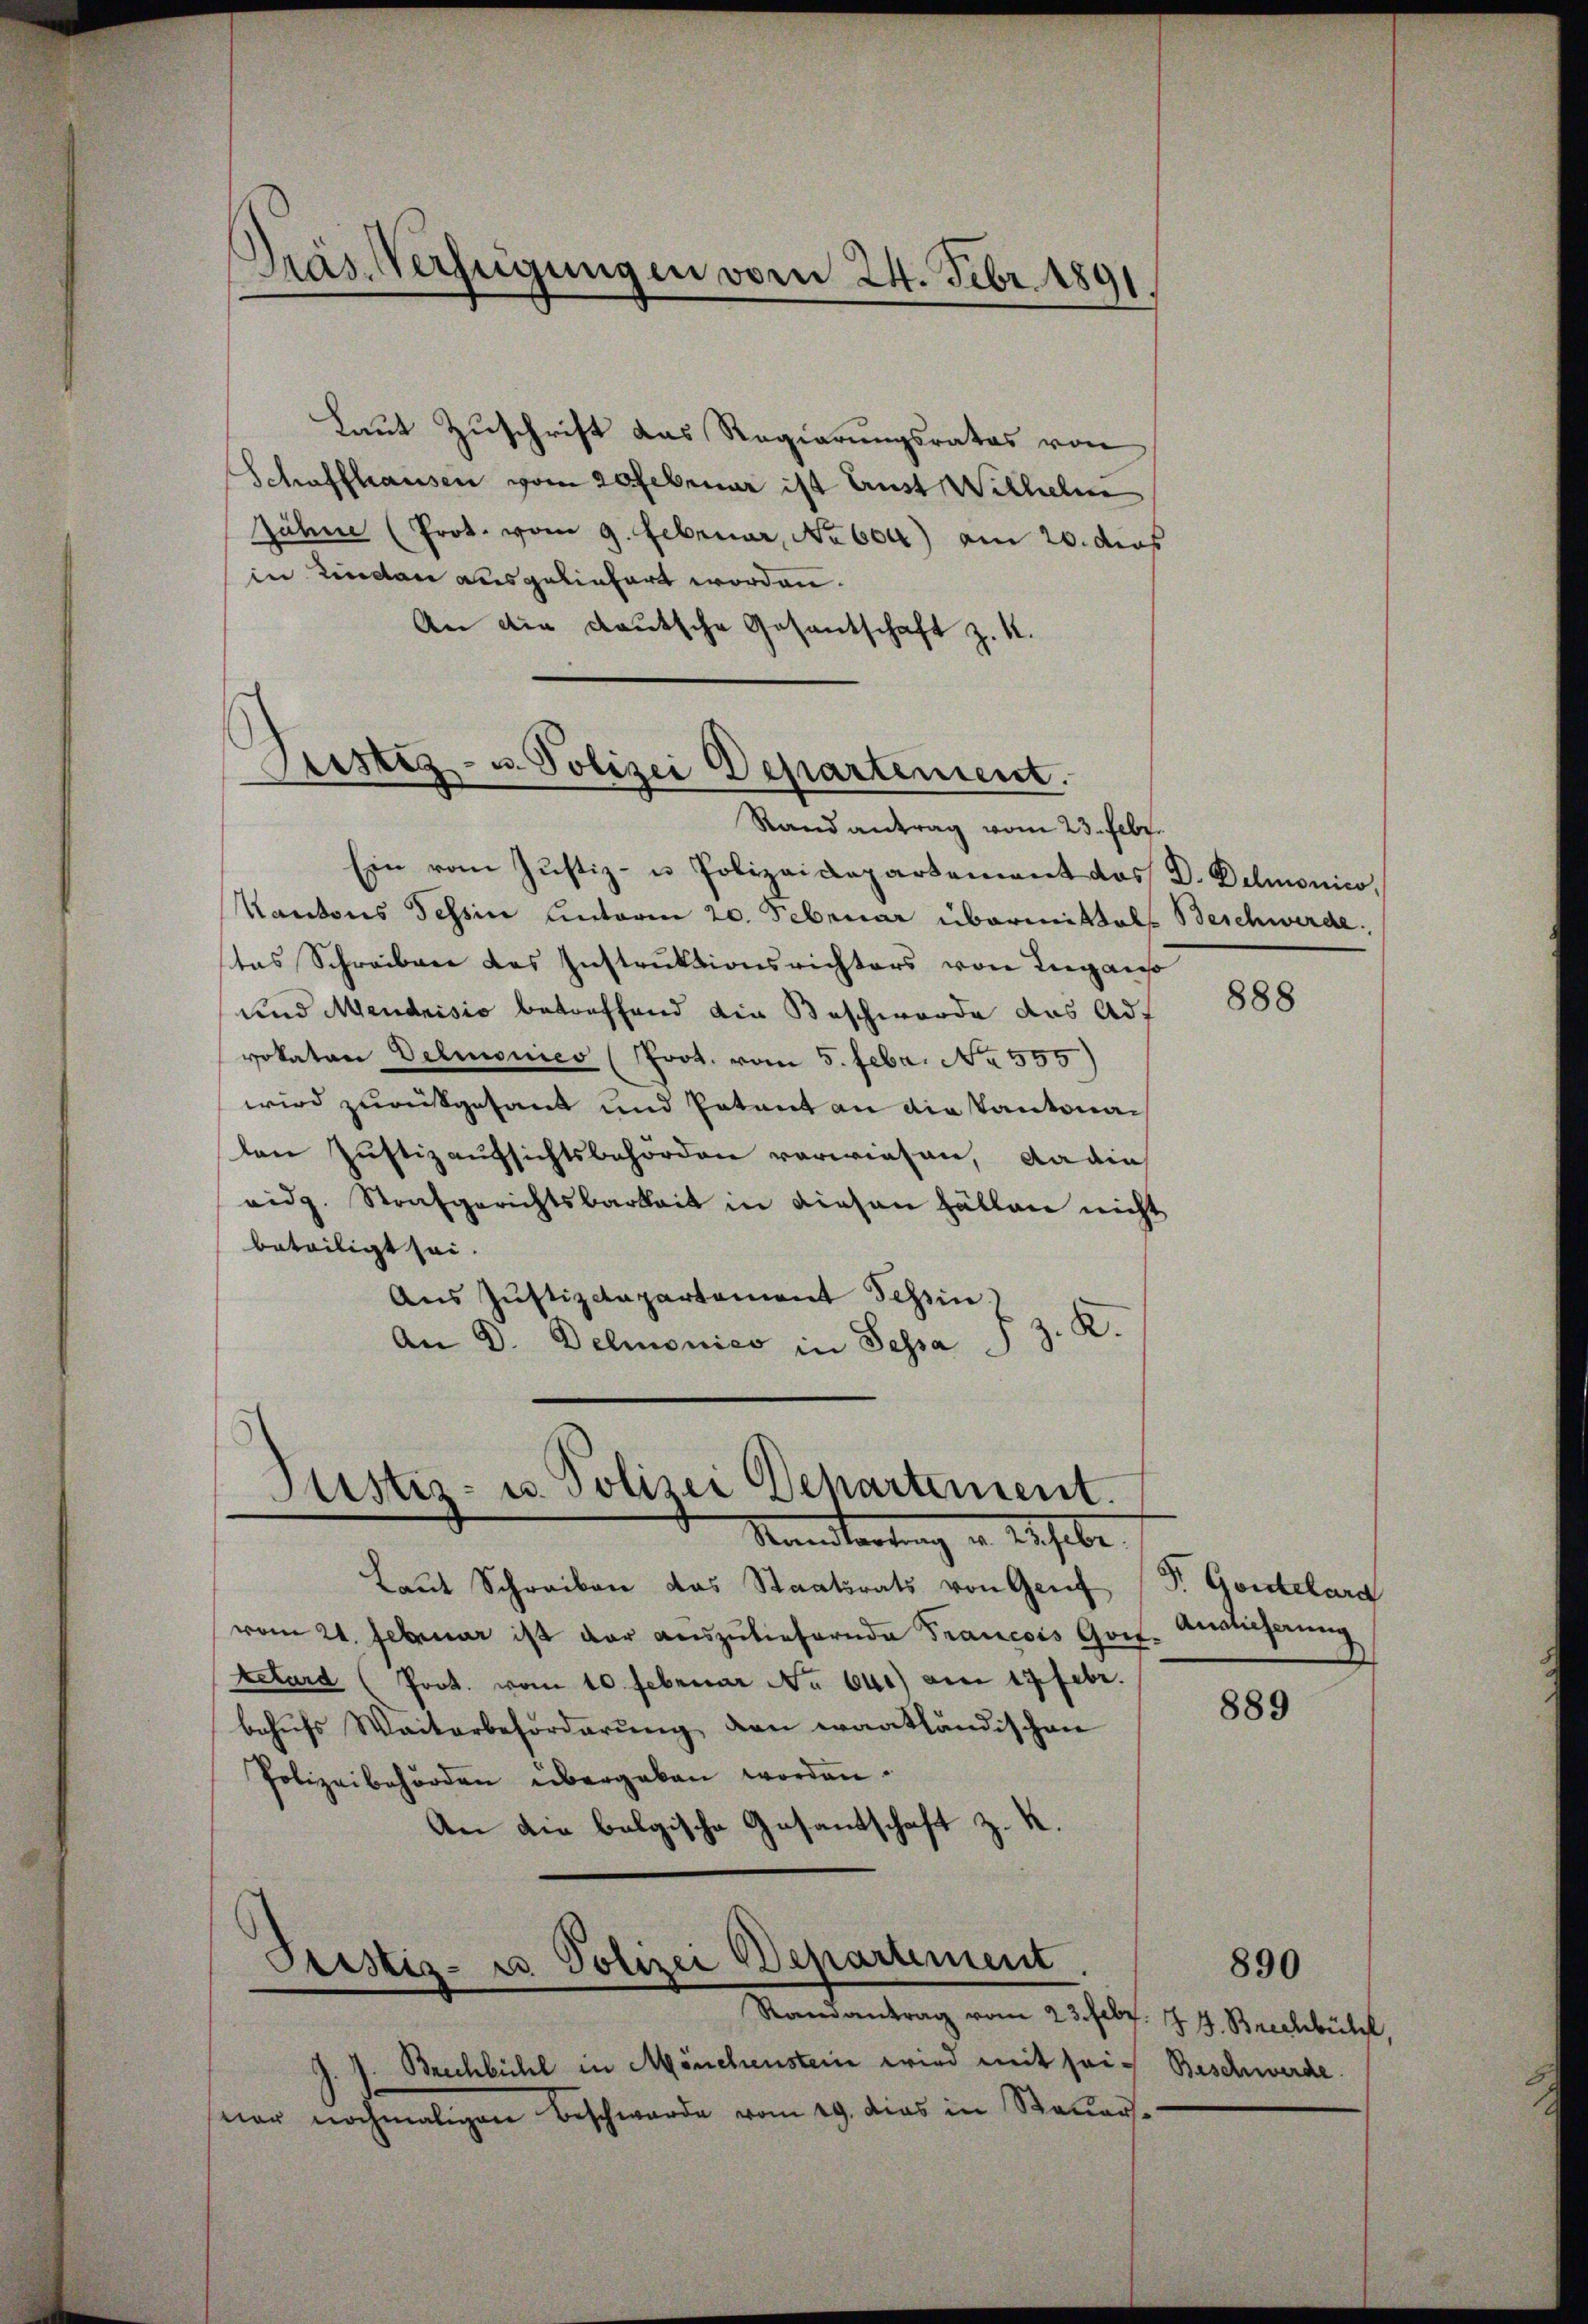
Präs. Verfügungen vom 24. Febr. 1891

Laut Zuschrift das Regierungsrates von
Schaffhausen vom 20 Februar ist Aust Wilhelm
Jahre (Prot. vom 9. Februar, No 604) am 20. dies
in Lindau ausgeliefert worden.
An die deutsche Gesantschaft z. K.

Ristiz- u. Polizei Departement.
—

Rand antrag vom 23. Febr.
Ein vom Justiz- u Polizeidepartement das D. Demonico,
Kantons Tessin Unterm 20. Februar übermittels Beschwerde,
tas Schreiben des Instruktionsrichters von Lugan
und Mendrisio betreffend die Beschwerde das Adf
vokaten Velionico (Prot. vom 5. Febr. No. 555
wird zurückgesant und Patant an die Kantonalen Justizaufsichtsbehörden vorwiesen, darin
eidg. Strafgerichtsbarkeit in diesen Fällen nicht
beteiligt sei.
Aus Justizdepartement Tessin
An D. Demonico in Sessa  3. K.
Justiz- u. Polizei Departement.
Namentartung in Ruhebe

Laut Schreiben das Staatsrats von Genf
vom 21. Februar ist der auszuliefernde Francois Gott-
retard (Prot. vom 10. Februar No 641) am 17. Febr.
behufs Waiterbeförderung den waatländischen
Polizeibehörden übergeben worden.
An die belgische Gesantschaft z. K.

Ptistiz- u Polizei Departement

Randantrag vom 23. Febr. 14. Brechbühl.
J. J. Brechbühl in Mönchenstein wird mit seiner nochmaligen Beschwerde vom 29. dies in Steuer

888

F. Gontelard
Auslieferung

889

Beschwerde.

890